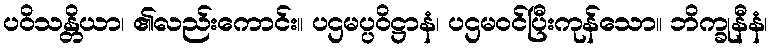
ပဝိသန္တိယာ၊ ၏လည်းကောင်း။ ပဌမပ္ပဝိဋ္ဌာနံ၊ ပဌမဝင်ပြီးကုန်သော။ ဘိက္ခုနီနံ၊